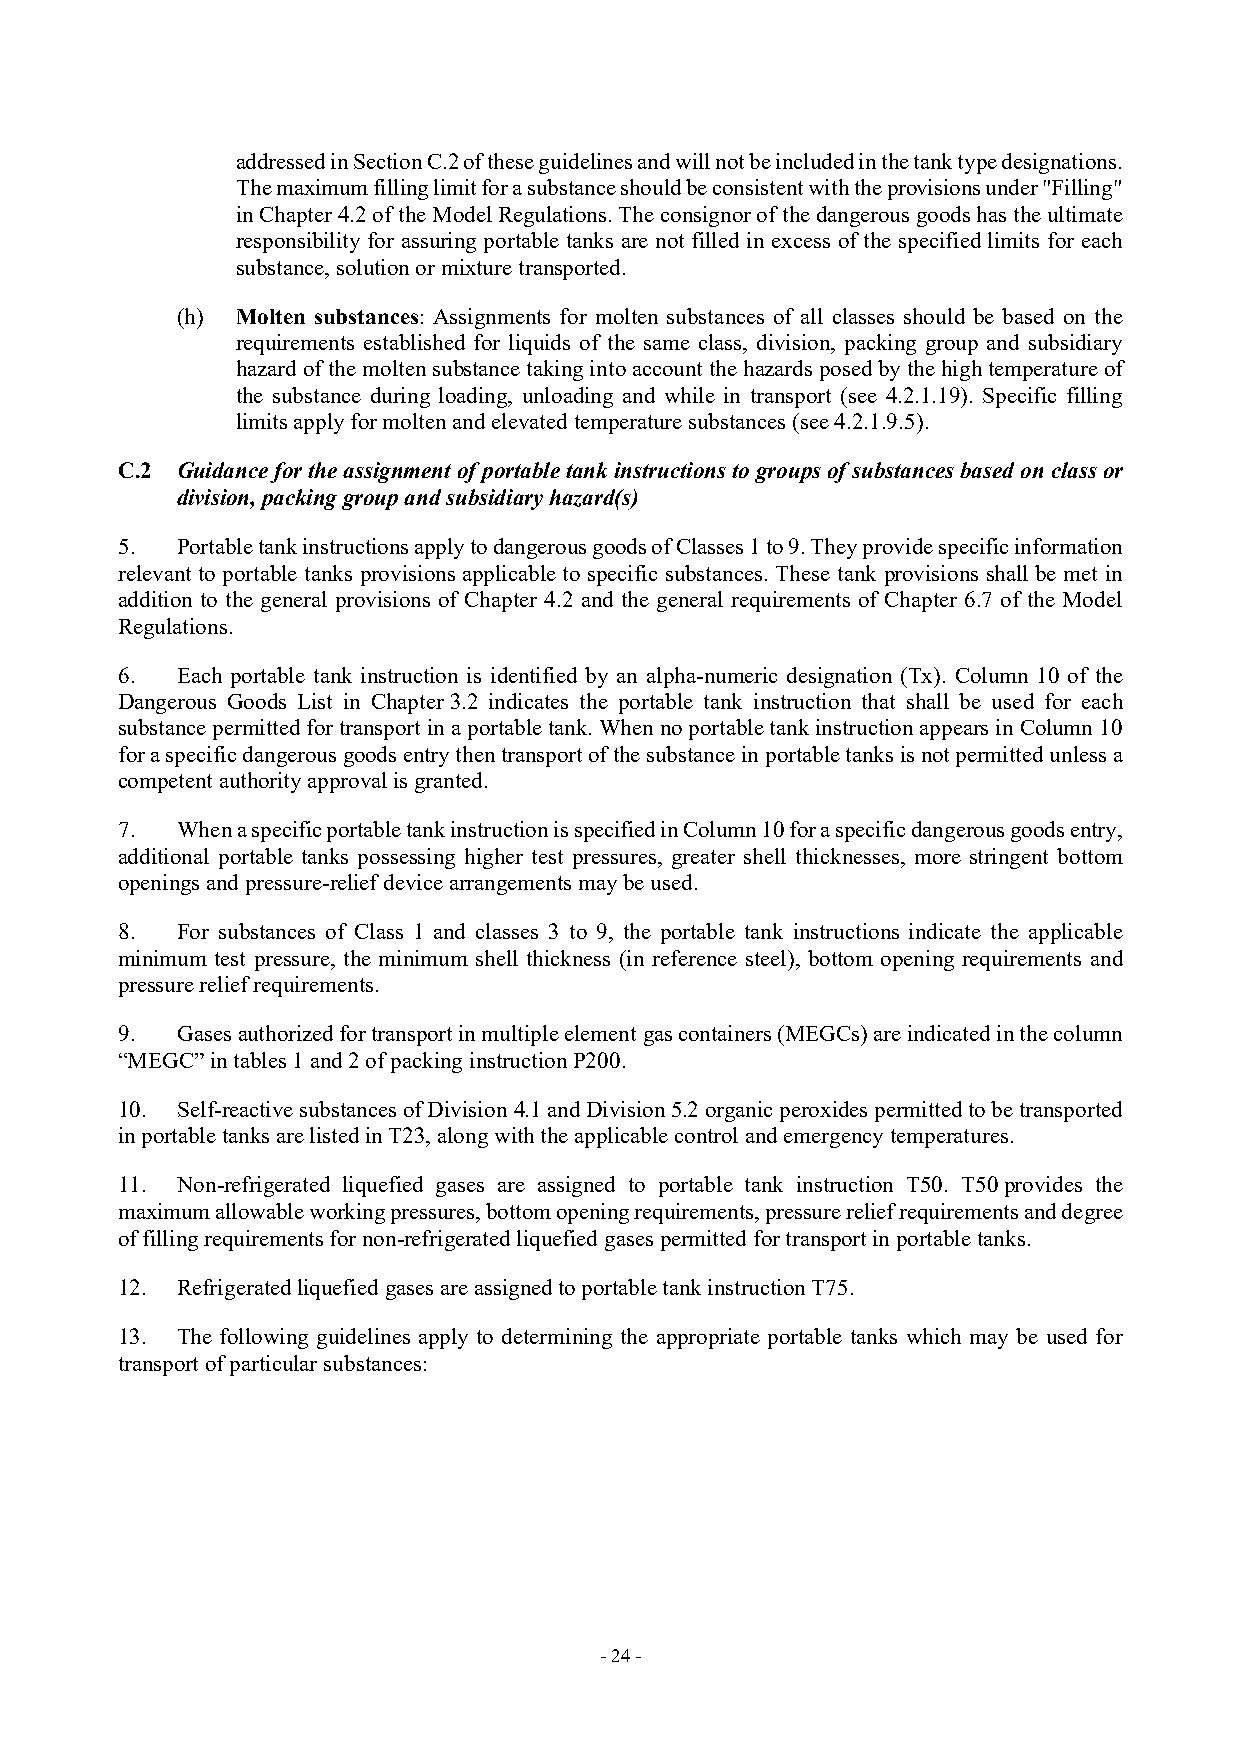
addressed in Section C.2 of these guidelines and will not be included in the tank type designations.
 The maximum filling limit for a substance should be consistent with the provisions under "Filling"
 in Chapter 4.2 of the Model Regulations. The consignor of the dangerous goods has the ultimate
 responsibility for assuring portable tanks are not filled in excess of the specified limits for each
 substance, solution or mixture transported.
 (h) Molten substances: Assignments for molten substances of all classes should be based on the
 requirements established for liquids of the same class, division, packing group and subsidiary
 hazard of the molten substance taking into account the hazards posed by the high temperature of
 the substance during loading, unloading and while in transport (see 4.2.1.19). Specific filling
 limits apply for molten and elevated temperature substances (see 4.2.1.9.5).
 C.2 Guidance for the assignment of portable tank instructions to groups of substances based on class or
 division, packing group and subsidiary hazard(s)
 5.  Portable tank instructions apply to dangerous goods of Classes 1 to 9. They provide specific information
 relevant to portable tanks provisions applicable to specific substances. These tank provisions shall be met in
 addition to the general provisions of Chapter 4.2 and the general requirements of Chapter 6.7 of the Model
 Regulations.
 6.  Each portable tank instruction is identified by an alpha-numeric designation (Tx). Column 10 of the
 Dangerous Goods List in Chapter 3.2 indicates the portable tank instruction that shall be used for each
 substance permitted for transport in a portable tank. When no portable tank instruction appears in Column 10
 for a specific dangerous goods entry then transport of the substance in portable tanks is not permitted unless a
 competent authority approval is granted.
 7.  When a specific portable tank instruction is specified in Column 10 for a specific dangerous goods entry,
 additional portable tanks possessing higher test pressures, greater shell thicknesses, more stringent bottom
 openings and pressure-relief device arrangements may be used.
 8.  For substances of Class 1 and classes 3 to 9, the portable tank instructions indicate the applicable
 minimum test pressure, the minimum shell thickness (in reference steel), bottom opening requirements and
 pressure relief requirements.
 9.  Gases authorized for transport in multiple element gas containers (MEGCs) are indicated in the column
 “MEGC” in tables 1 and 2 of packing instruction P200.
 10. Self-reactive substances of Division 4.1 and Division 5.2 organic peroxides permitted to be transported
 in portable tanks are listed in T23, along with the applicable control and emergency temperatures.
 11. Non-refrigerated liquefied gases are assigned to portable tank instruction T50. T50 provides the
 maximum allowable working pressures, bottom opening requirements, pressure relief requirements and degree
 of filling requirements for non-refrigerated liquefied gases permitted for transport in portable tanks.
 12. Refrigerated liquefied gases are assigned to portable tank instruction T75.
 13. The following guidelines apply to determining the appropriate portable tanks which may be used for
 transport of particular substances:
 - 24 -